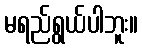
မရည်ရွယ်ပါဘူး။